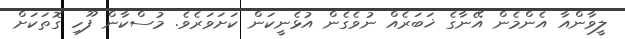
ލީވާންއާ އެންމެން އޭނާގެ ޚަބަރެއް ނުވެގެން އުޅެނީކަން ކަށަވަރެވެ. މުސްކާން ފޫހި ގޮތަކަށް